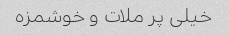
خیلی پر ملات و خوشمزه